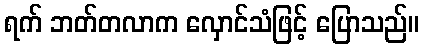
ရက် ဘတ်တလာက လှောင်သံဖြင့် ပြောသည်။